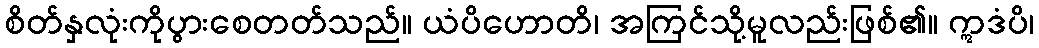
စိတ်နှလုံးကိုပွားစေတတ်သည်။ ယံပိဟောတိ၊ အကြင်သို့မူလည်းဖြစ်၏။ ဣဒံပိ၊